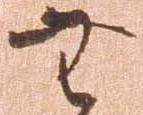
無